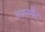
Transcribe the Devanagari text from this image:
टकरमैन